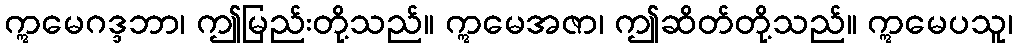
ဣမေဂဒ္ဒဘာ၊ ဤမြည်းတို့သည်။ ဣမေအဇာ၊ ဤဆိတ်တို့သည်။ ဣမေပသူ၊